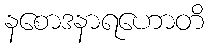
နစောဒနာရဟောတိ